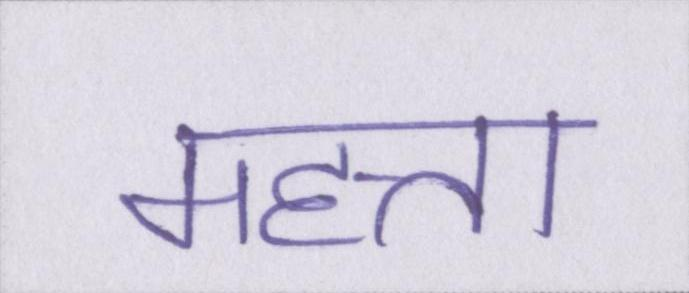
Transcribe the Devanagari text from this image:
महत्ता